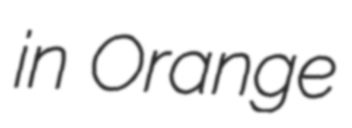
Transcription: in Orange